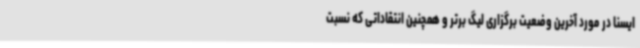
ایسنا در مورد آخرین وضعیت برگزاری لیگ برتر و همچنین انتقاداتی که نسبت